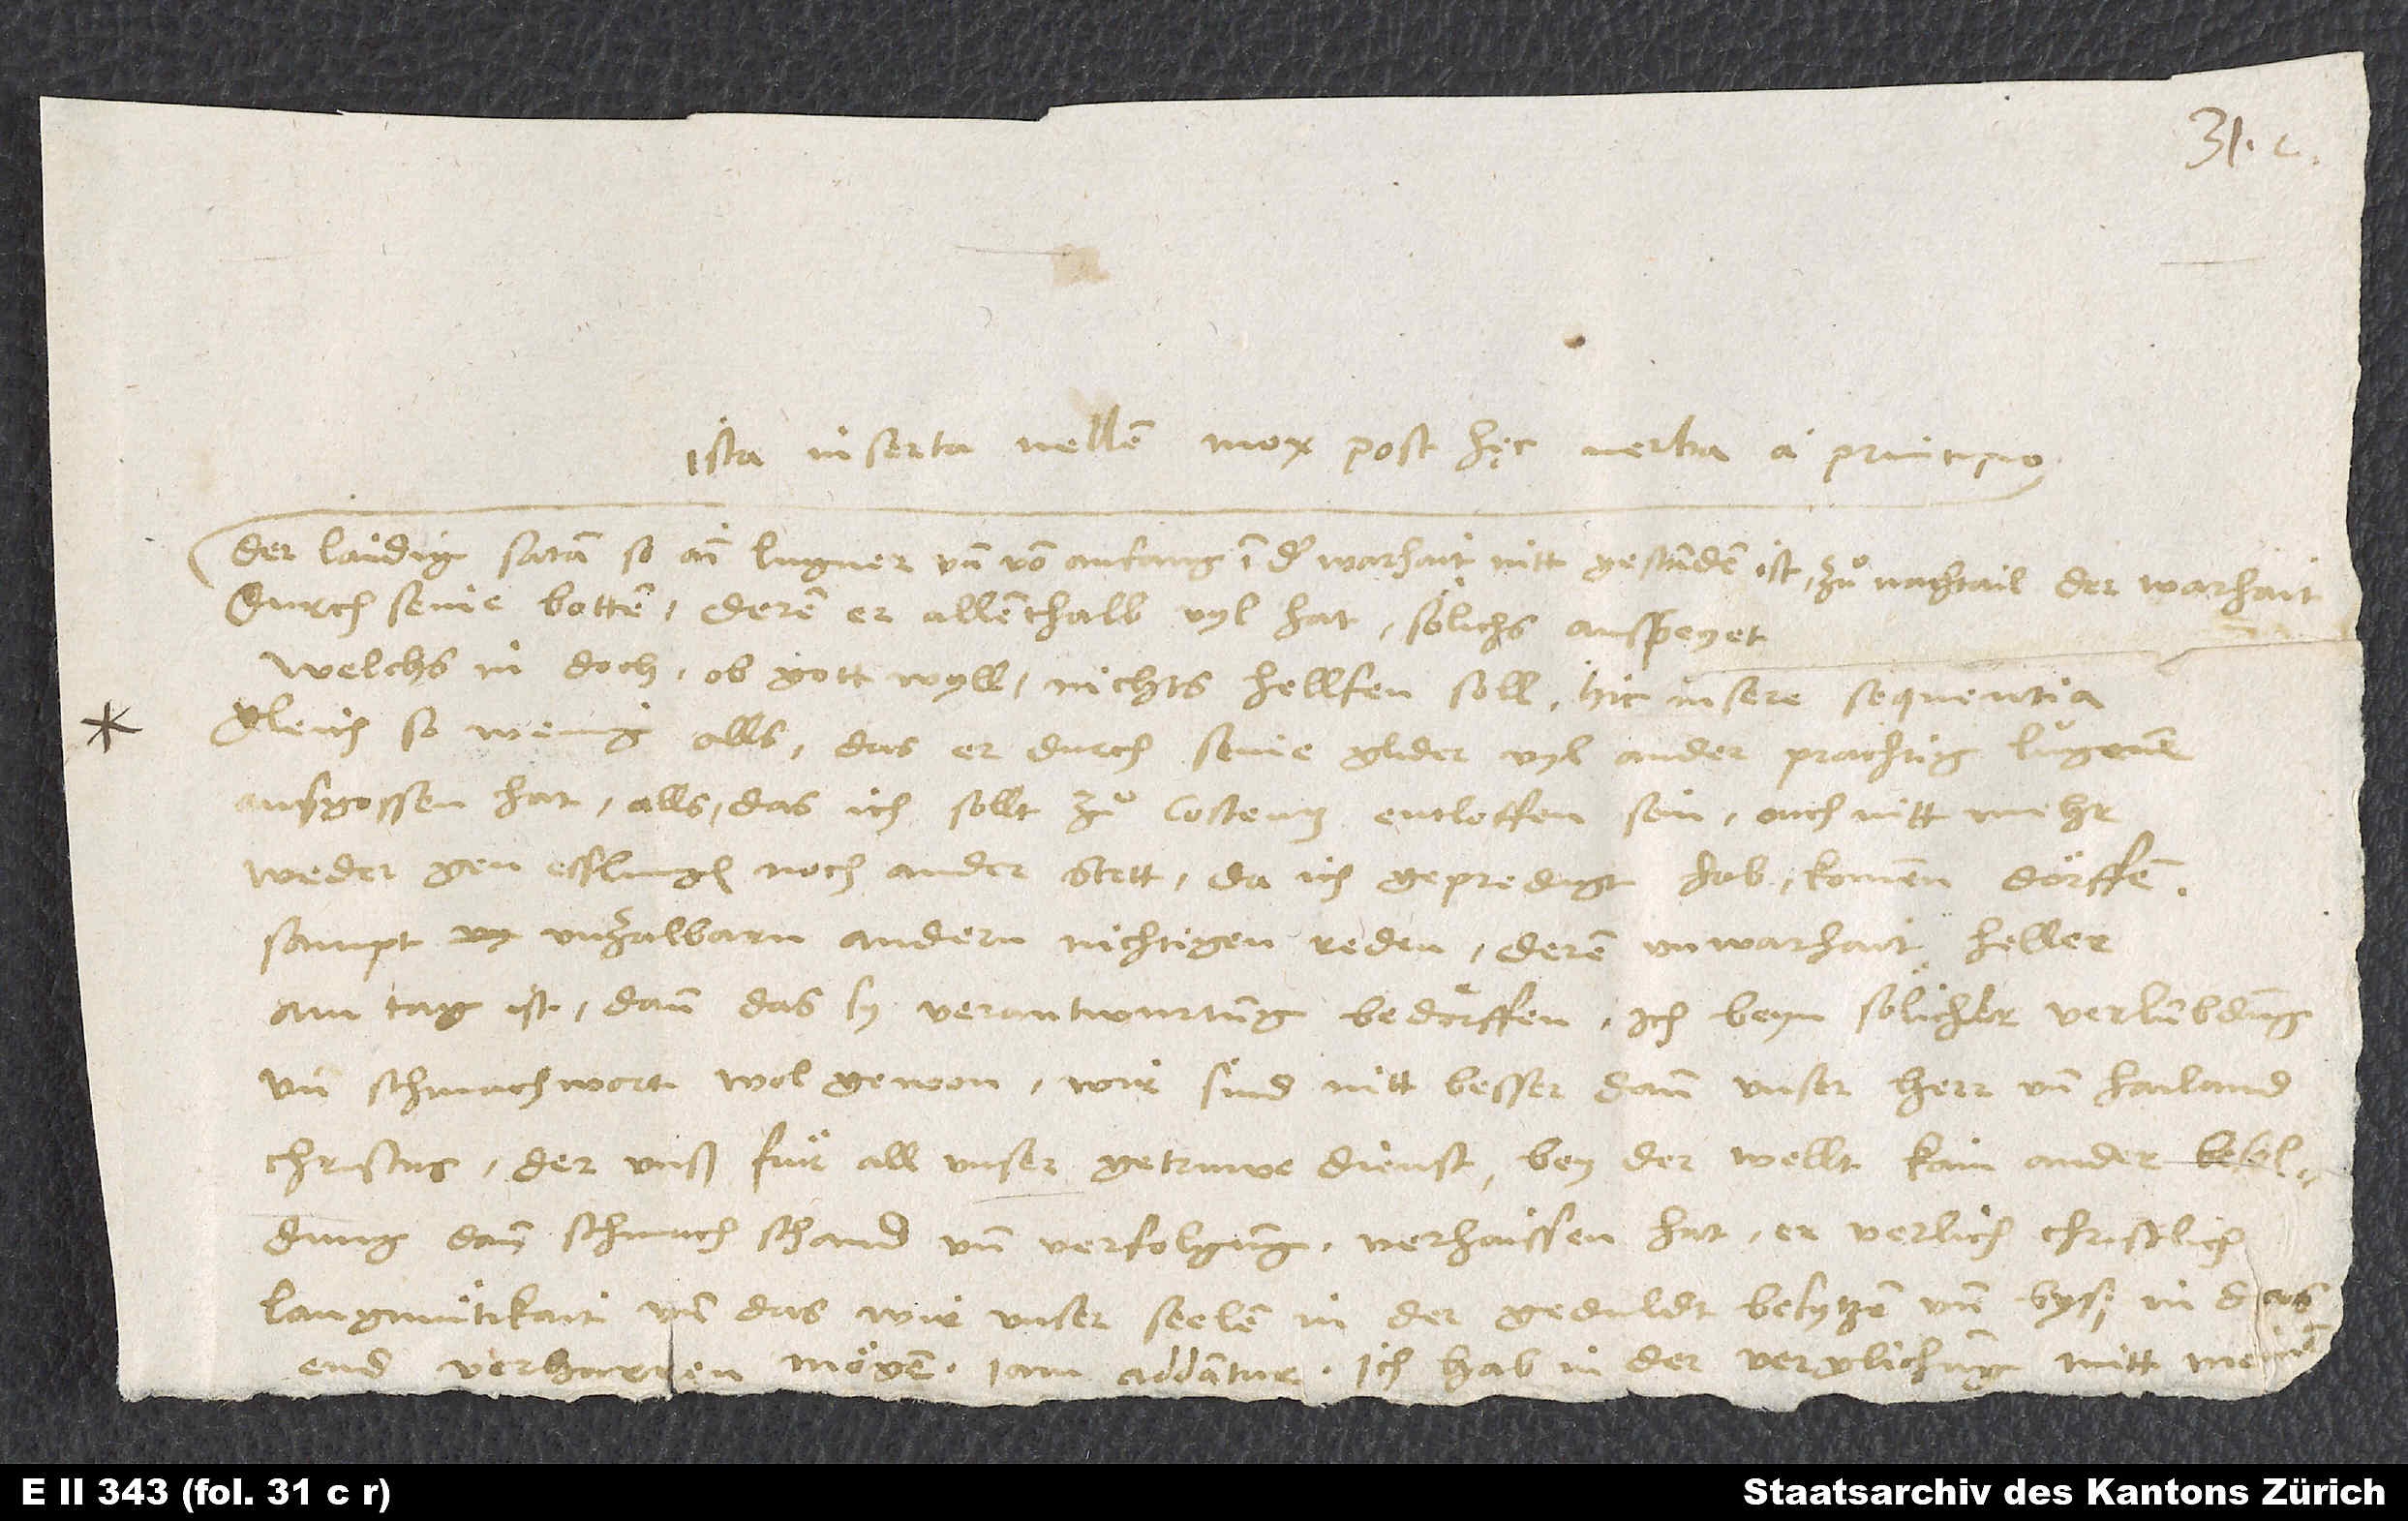
Ista inserta vellem mox post hęc verba a principio:
«Der laidig satan, so ain lugner und von anfang in der warhait nitt gestanden ist, zuͦ nachtail der warhait
welchs in doch, ob gott wyll, nichts hellfen soll» - hic insere sequentia:
«gleich so wenig alls, das er durch seine glider vyl ander prachtig lugenen
ausgossen hat, alls das ich sollt zuͦ Costentz entloffen sein, ouch nitt mehr
weder gen Esslingen noch ander stett, da ich gepredigt hab kommen dörffen,
sampt unzalbarn andern nichtigen reden, deren unwarhait heller
am tag ist, dann das sy verantwurtung bedörffen. Ich beyn sölicher verlumbdung
und schmachwort wol gewon. Wir sind nitt besser dann unser herr und hailand
Christus, der unß fuͤr all unser getruwe dienst bey der wellt kain ander besoldung
dann schmach, schand und verfolgung verhaissen hat. Er verlich christlich
langmuͤtikait, und das wir unser seelen in der geduldt besytzen und byß in das
end verharren mögen.» Iam addantur: «Ich hab in der verglichung mitt meinem